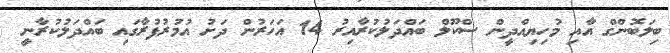
ބިލަބޮންގް އާއި މުހިޔިއްދީން ސްކޫލް ބައްދަލުކުރާއިރު 14 އަހަރުން ދަށު އުމުރުފުރާގައި ބައްދަލުކުރާނީ